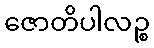
ဇောတိပါလဉ္စ